Report on the Nagpur School of Medicine, Central Provinces
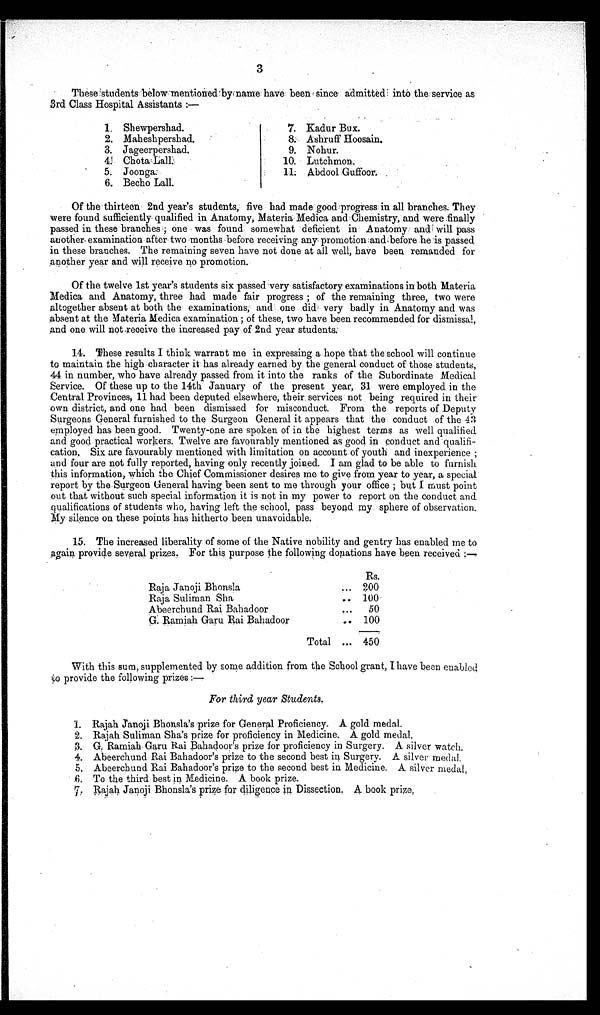
3
These students below mentioned by name have been since admitted into the service as
3rd Class Hospital Assistants :—
1. Shewpershad.
2. Maheshpershad.
3. Jageerpershad.
4. Chota Lail
ly
5. Joonga.
6. Becho Lall.
7.Kadur Bux.
8. Ashruff Hoosain.
9. Nohu
r.
10. Lutchmon.
11. Abdool Guffoot
Of the thirteen 2nd year's students, five had made good progress in all branches. They
were found sufficiently qualified in Anatomy, Materia Medica and Chemistry, and were finally
passed in these branches ; one was found somewhat deficient in Anatomy and will pass
another examination after two months before receiving any promotion and before he is passed
in these branches. The remaining seven have not done at all well, have been remanded for
another year and will receive no promotion.
Of the twelve 1st year's students six passed very satisfactory examinations in both Materia
Medica and Anatomy, three had made fair progress ; of the remaining three, two were
altogether absent at both the examinations, and one did very badly inA n a t o m y a n d w a s
absent at the Materia Medica examination ; of these, two have been recommended for dismissal,
and one will not receive the increased pay of 2nd year students
.
14. These results I think warrant me in expressing a hope that the school will continue
to maintain the high character it has already earned by the general conduct of those students,
44 in number, who have already passed from it into the ranks of the Subordinate Medical
Service. Of these up to the 14th January of the present year, 31 were employed in the
Central Provinces, 11 had been deputed elsewhere, their services not being required in their
own district, and one had been dismissed for misconduct. From the reports of Deputy
Surgeons General furnished to the Surgeon General it appears that the conduct of the 43
employed has been good. Twenty-one are spoken of in the highest terms as well qualified
and good practical workers. Twelve are favourably mentioned as good in conduct and qualifi-
cation. Six are favourably mentioned with limitation on account of youth and inexperience ;
and four are not fully reported, having only recently joined. I am glad to be able to furnish
this information, which the Chief Commissioner desires me to give from year to year, a special
report by the Surgeon General having been sent to me through your office ; but I must point
out that without such special information it is not in my power to report on the conduct and
qualifications of students who, having left the school, pass beyond my sphere of observation.
My silence on these points has hitherto been unavoidable.
1. The increased liberality of some of the Native nobility and gentry has enabled me to
again provide several prizes, For this purpose the following donations have been received:—
Rs.
Raja Janoji Bhonsla
... 200
Raja Suliman Sha
.. 100
Abeerchund Rai Bahadoor
...
50
G. Ramiah Garu Rai Bahadoor
.. 100
Total ... 450
With this sum, supplemented by some addition from the School grant, I have been enabled
to provide the following prizes :—
For third year Students.
1. Rajah Janoji Bhonsla's prize for General Proficiency. A gold meda
l.
2.
Rajah Suliman Sha's prize for proficiency in Medicine. A gold medal.
3.
G. Ramiah Garu Rai Bahadoor's prize for proficiency in Surgery. A silver watch.
4.
Abeerchund Rai Bahadoor's prize to the second best in Surgery. A silver medal.
5.
Abeerchund Rai Bahadoor's prize to the second best in Medicine. A silver medal
.
6.
To the third best in Medicine. A book prize.
7. Rajah Janoji Bhonsla's prize for diligence in Dissectio. A book prize.